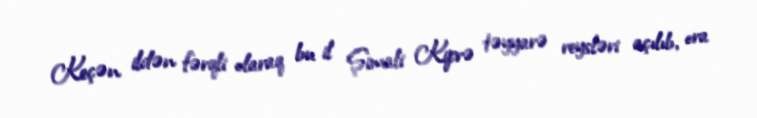
Keçən ildən fərqli olaraq bu il Şimali Kiprə təyyarə reysləri açılıb, ora